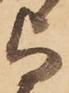
与